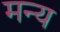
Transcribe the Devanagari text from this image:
मन्य